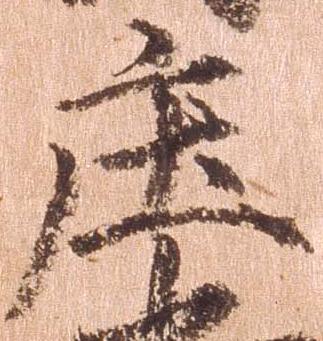
庄